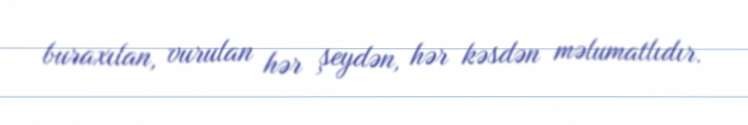
buraxılan, vurulan hər şeydən, hər kəsdən məlumatlıdır.